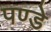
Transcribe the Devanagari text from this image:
पण्डे